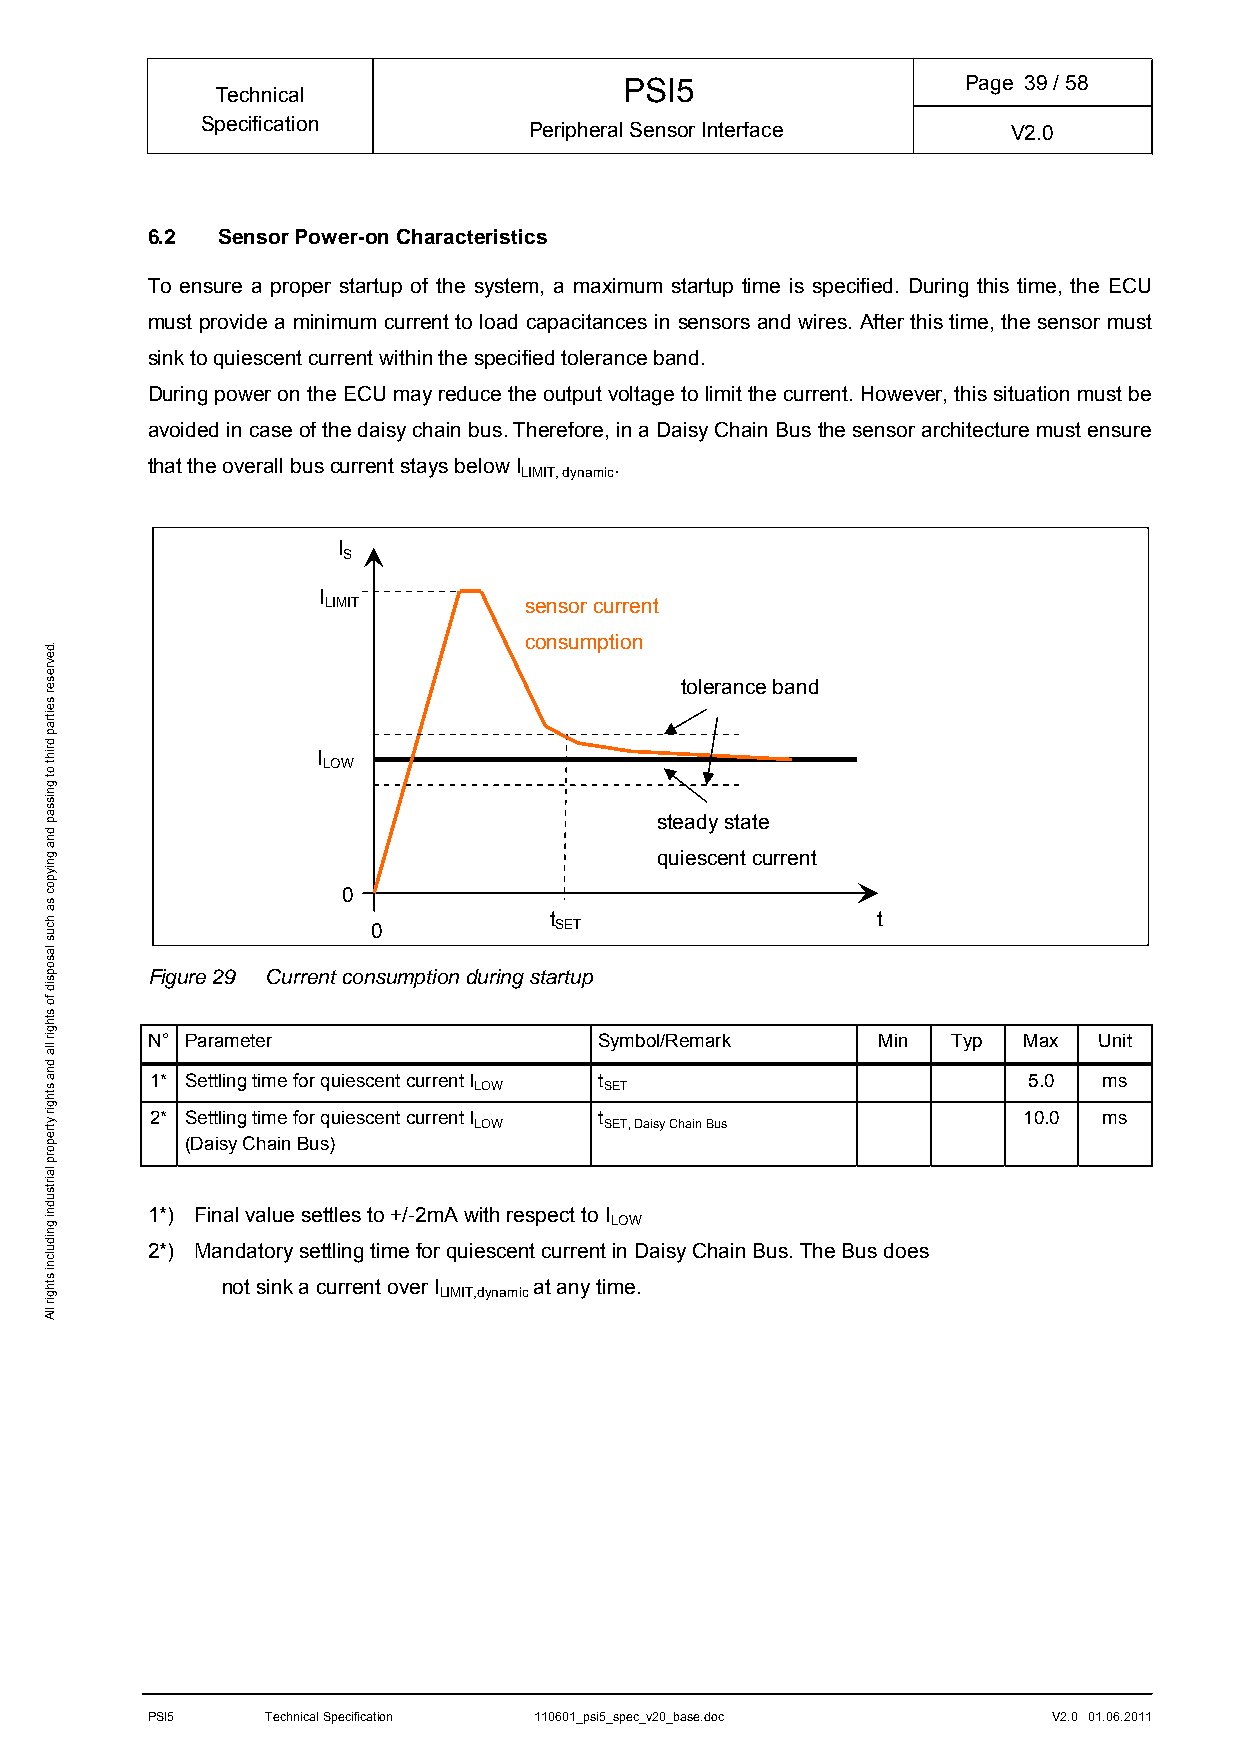
PSI5                   Page 39/ 58
 Technical
 Specification         Peripheral Sensor Interface     V2.0
 6.2 Sensor Power-on Characteristics
 To ensure a proper startup of the system, a maximum startup time is specified. During this time, the ECU
 must provide a minimum current to load capacitances in sensors and wires. After this time, the sensor must
 sink to quiescent current within the specified tolerance band.
 During power on the ECU may reduce the output voltage to limit the current. However, this situation must be
 avoided in case of the daisy chain bus. Therefore, in a Daisy Chain Bus the sensor architecture must ensure
 that the overall bus current stays below I .
 LIMIT, dynamic
 I
 S
 I
 LIMIT         sensor current
 consumption
 tolerance band
 I
 LOW
 steady state
 quiescent current
 0
 t                     t 0 SET
 Figure 29 Current consumption during startup
 N° Parameter                  Symbol/Remark     Min  Typ  Max  Unit
 1* Settling time for quiescent current I t                5.0  ms
 LOW      SET
 2* Settling time for quiescent current I t                10.0 ms
 LOW      SET, Daisy Chain Bus
 (Daisy Chain Bus)
 1*) Final value settles to +/-2mA with respect to I
 LOW
 2*) Mandatory settling time for quiescent current in Daisy Chain Bus. The Bus does
 not sink a current over I at any time.
 LIMIT,dynamic
 PSI5    Technical Specification 110601_psi5_spec_v20_base.doc V2.0 01.06.2011
 .devreser
 seitrap
 driht
 ot
 gnissap
 dna
 gniypoc
 sa
 hcus
 lasopsid
 fo
 sthgir
 lla
 dna
 sthgir
 ytreporp
 lairtsudni
 gnidulcni
 sthgir
 llA